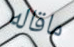
ماقاله